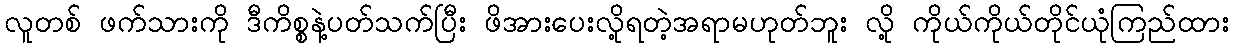
လူတစ် ဖက်သားကို ဒီကိစ္စနဲ့ပတ်သက်ပြီး ဖိအားပေးလို့ရတဲ့အရာမဟုတ်ဘူး လို့ ကိုယ်ကိုယ်တိုင်ယုံကြည်ထား